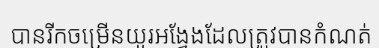
បានរីកចម្រើនយូរអង្វែងដែលត្រូវបានកំណត់